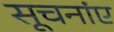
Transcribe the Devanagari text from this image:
सूचनांए